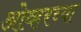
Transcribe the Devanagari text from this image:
ओव्हरच्या